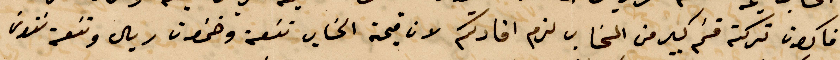
فاكون تركت قسم كبير من الحساب لزم افادتكم لا قيمة الحساب تسعة وخمسون ريال وتسعة وستون